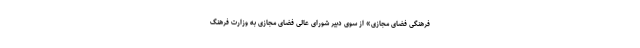
فرهنگی فضای مجازی» از سوی دبیر شورای عالی فضای مجازی به وزارت فرهنگ